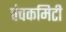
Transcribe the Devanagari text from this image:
पंचकमिटी